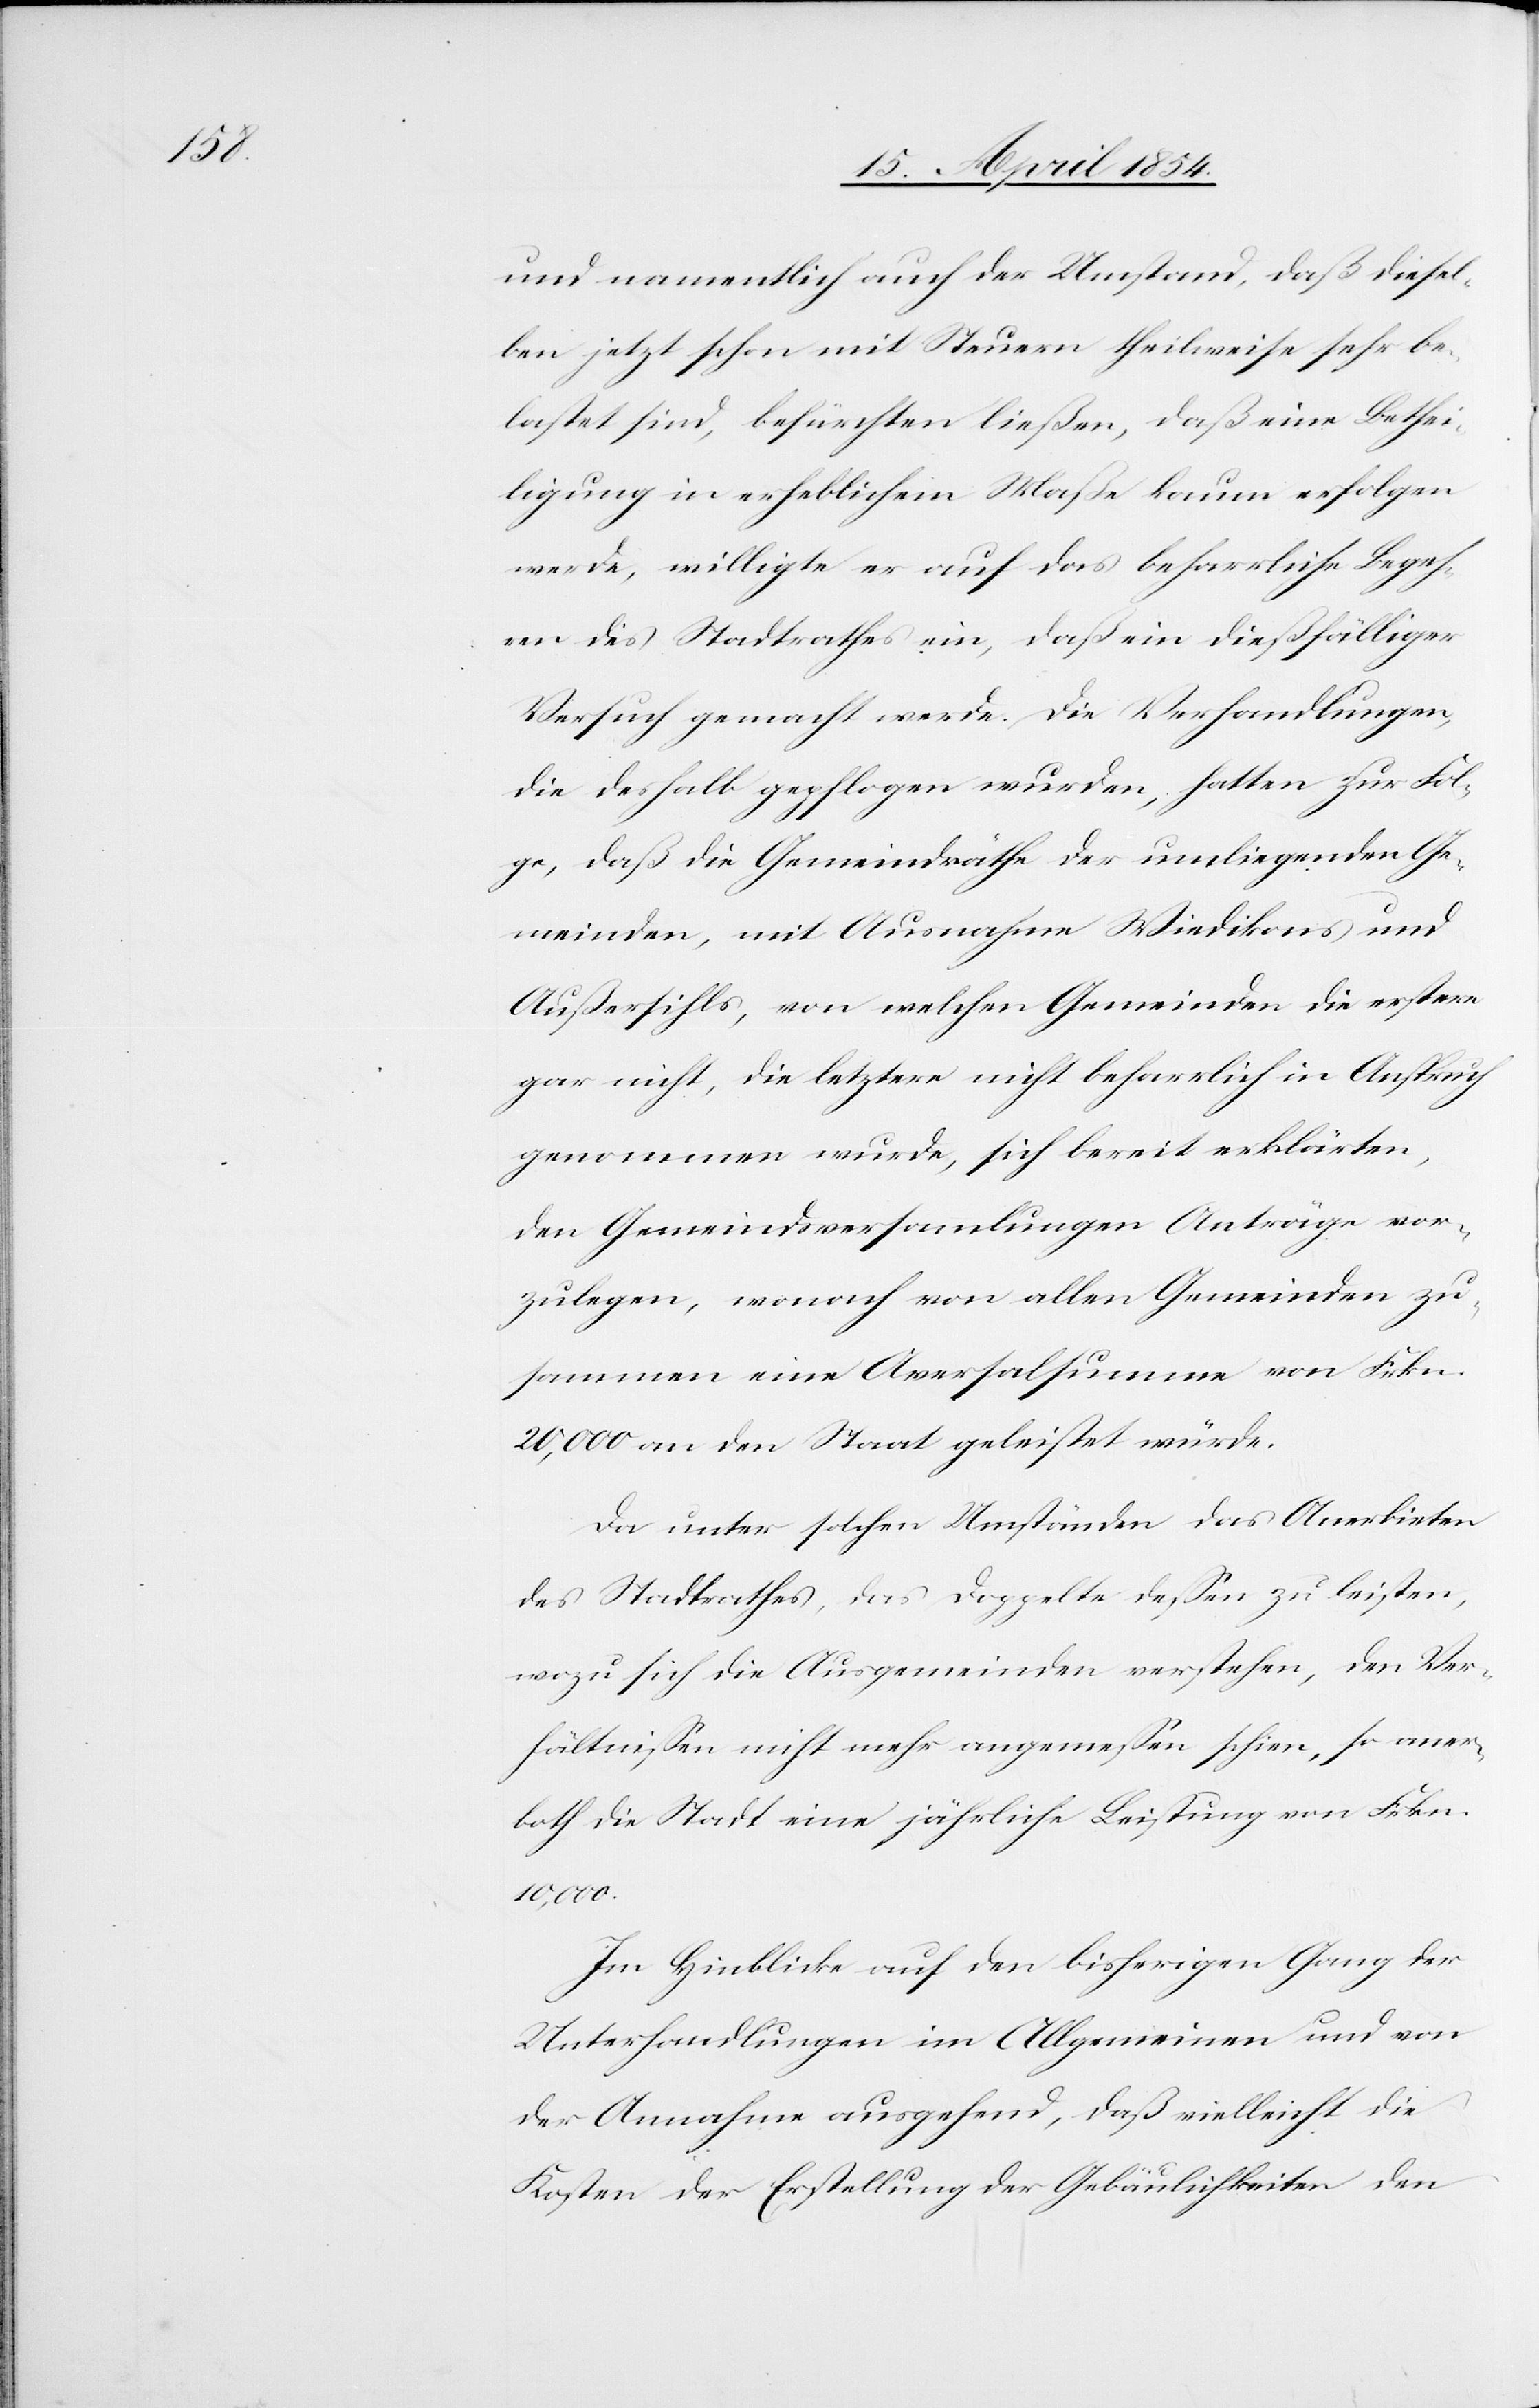
und namentlich auch der Umstand, daß diesel¬
ben jetzt schon mit Steuern theilweise sehr be¬
lastet sind, befürchten ließen, daß eine Bethei¬
ligung in erheblichem Maße kaum erfolgen
werde, willigte er auf das beharrliche Begeh¬
ren des Stadtrathes ein, daß ein dießfälliger
Versuch gemacht werde. Die Verhandlungen,
die deshalb gepflogen wurden, hatten zur Fol¬
ge, daß die Gemeindräthe der umliegenden Ge¬
meinde, mit Ausnahme Wiedikons und
Außersihl, von welchen Gemeinden die erstere
gar nicht, die letztere nicht beharrlich in Anspruch
genommen wurde, sich breit erklärten,
den Gemeindsversammlungen Anträge vor¬
zulegen, wonach von allen Gemeinden zu¬
sammen eine Aversalsumme von Frkn.
20,000 an den Staat geleistet würde.
Da unter solchen Umständen das Anerbieten
des Stadtrathes, das Doppelte deßen zu leisten,
wozu sich die Ausgemeinden verstehen, den Ver¬
hältnißen nicht mehr angemeßen schien, so aner¬
both die Stadt eine jährliche Leistung von Frkn.
10,000.
Im Hinblicke auf den bisherigen Gang der
Unterhandlungen im Allgemeinen und von
der Annahme ausgehend, daß vielleicht die
Kosten der Erstellung der Gebäulichkeiten den